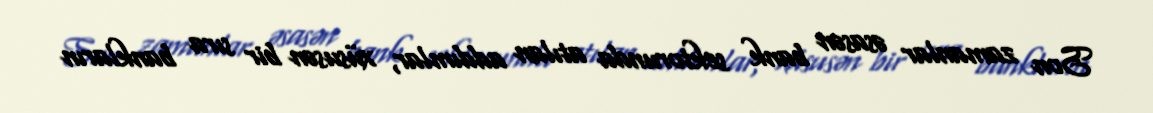
Son zamanlar əsasən bank sektorunda atılan addımlar, xüsusən bir sıra bankların